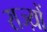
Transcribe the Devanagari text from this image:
राज्य़ों